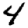
Digit: 4